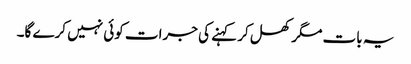
یہ بات مگر کھل کر کہنے کی جرات کوئی نہیں کرے گا۔